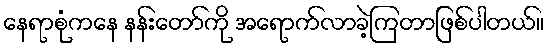
နေရာစုံကနေ နန်းတော်ကို အရောက်လာခဲ့ကြတာဖြစ်ပါတယ်။